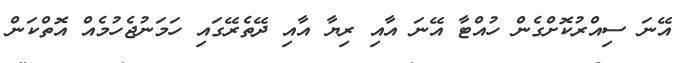
އޭނަ ސިއްރުކޮށްގެން ހުއްޓާ އޭނަ އާއި ރިޔާ އާއި ދޭތެރޭގައި ހަމަނުޖެހުމެއް އޮތްކަން